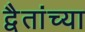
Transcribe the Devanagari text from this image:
द्वैतांच्या